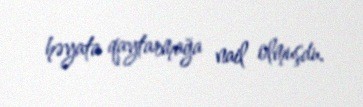
həyata qaytarmağa nail olmuşdu.